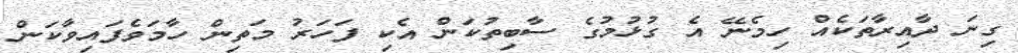
ގިނަ ދާއިރާތަކެއް ހިމެނޭ އެ ގުޅުމުގެ ސާބިތުކަން އެކި ފަހަރު މަތިން ހާމަވެފައިވާކަން